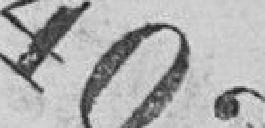
403